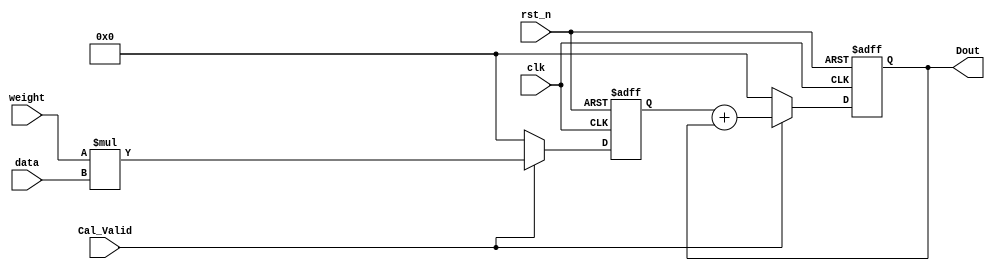
module Mul_Accumulate(
    input clk,
    input rst_n,
    input Cal_Valid,
    input signed [7:0]  weight,
    input signed [31:0] data,
    output reg signed [31:0] Dout
);

    reg  [31:0] buffer ;
    
    always @(posedge clk or negedge rst_n) begin
        if(!rst_n) begin
            Dout <= 0;
            buffer <= 0;
        end
        else begin
            if(Cal_Valid)begin
                buffer <= weight * data;
                Dout   <= buffer + Dout;
            end
            else begin
                Dout   <= 0;
                buffer <= 0;
            end
        end
    end

endmodule